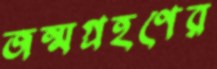
জন্মগ্রহণের